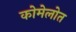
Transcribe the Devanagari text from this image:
कोमेलोत